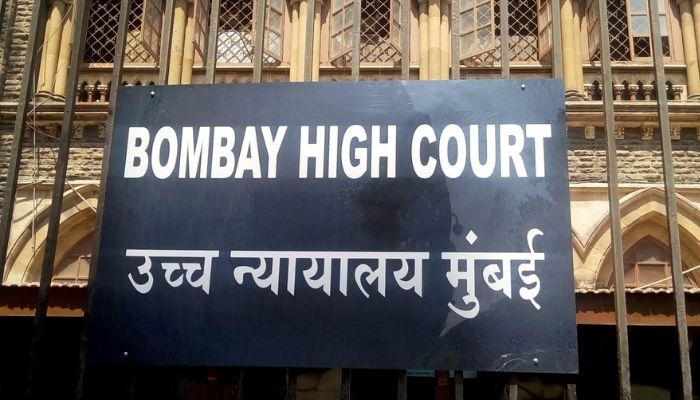
Language: marathi
Transcription: न्यायालय मुंबई उच्च